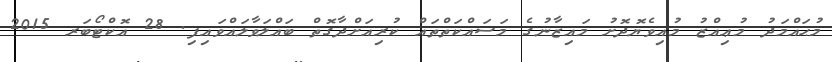
މުޙައްމަދު މުޢިއްޒު މުއިވެޔޮދޮށު މައިޒާނުގެ މަސައްކަތްތައް ކުރިއަށްދާގޮތް ބައްލަވާލައްވައިފި. 28 އޮކްޓޯބަރ 2015